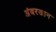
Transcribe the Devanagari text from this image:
अंबरखान